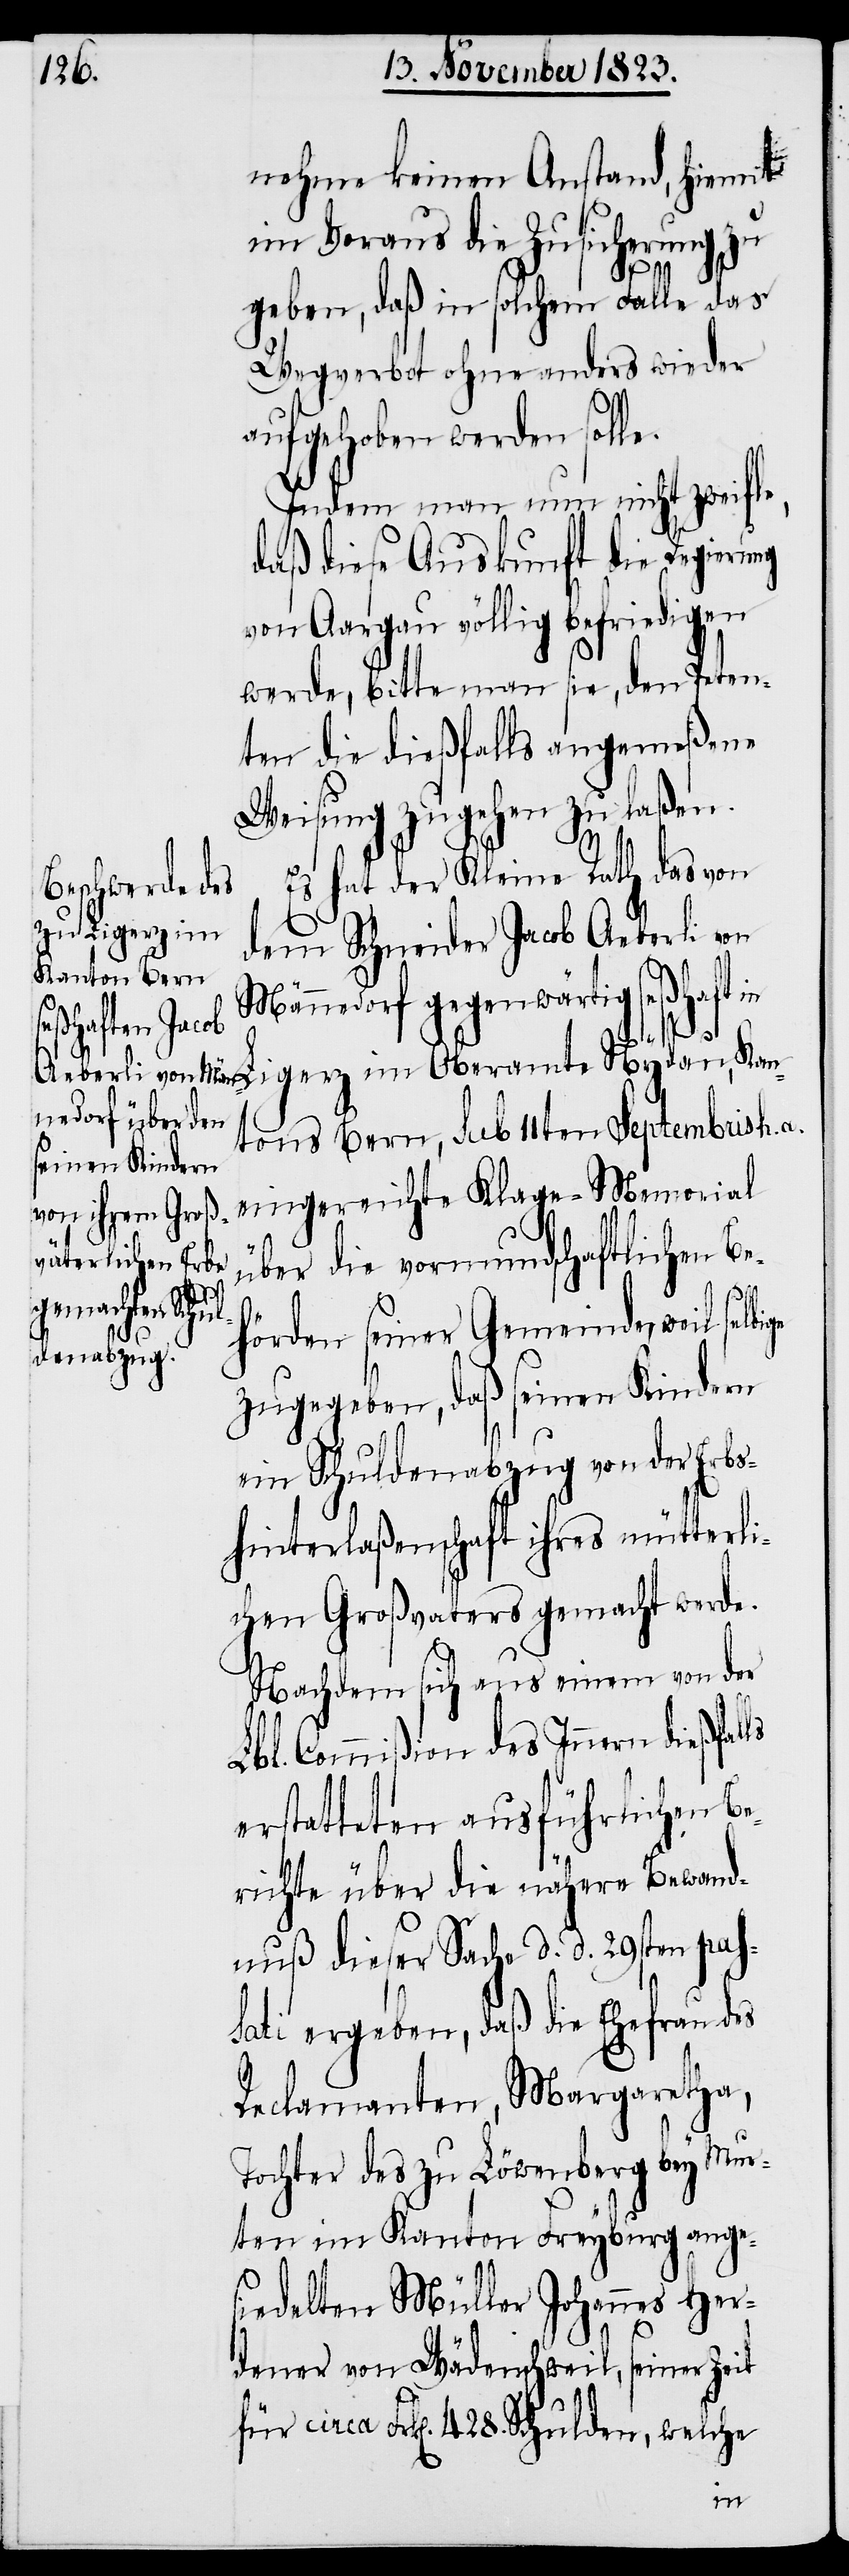
nehme keinen Anstand, hiemit
im Voraus die Zusicherung zu
geben, daß in solchem Falle das
Wegverbot ohne anders wieder
aufgehoben werden solle.
Indem man nun nicht zweifle,
daß diese Auskunft die Regierung
von Aargau völlig befriedigen
werde, bitte man sie, den Peten¬
ten die dießfalls angemeßene
Weisung zugehen zu laßen.
Es hat der Kleine Rath das von
in Ligerz im
dem Schneider Jacob Aeberli von
Männedorf gegenwärtig seßhaft
tons Bern, sub 11ten Septembris h. a.
eingereichte Klage-Memorial
über die vormundschaftlichen Be¬
hörden seiner Gemeinde, weil
zugegeben, daß seinen Kindern
ein Schuldenabzug von der Erbs¬
hinterlaßenschaft ihres mütterli¬
chen Großvaters gemacht werde.
Nachdem sich aus einem von der
Lbl. Commißion des Innern dießfal¬
erstatteten ausführlichen B¬
erichte über die nähere Bewand¬
nuß dieser Sache d. d. 29sten pas¬
sati ergeben, daß die Ehefrau des
Reclamanten, Margaretha,
Tochter des zu Löwenberg bey Mur¬
ten im Kanton Freyburg ange¬
siedelten Müller Johannes Her¬
dener von Wädenschweil, seiner Zeit
ls
für circa Frk[en]. 428. Schulden, welche
Kan¬